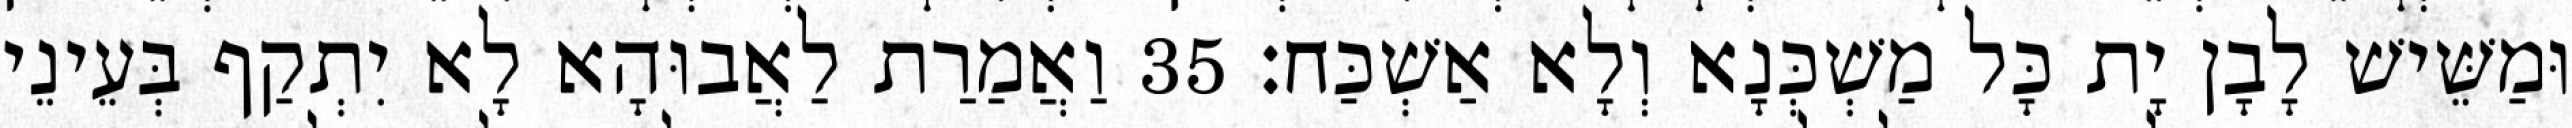
וּמַשֵּׁישׁ לָבָן יָת כָּל מַשְׁכְּנָא וְלָא אַשְׁכַּח׃ 35 וַאֲמַרַת לַאֲבוּהָא לָא יִתְקַף בְּעֵינֵי